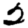
Digit: 2